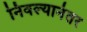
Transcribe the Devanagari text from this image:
निवल्यानंतर